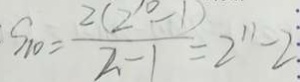
S _ { 1 0 } = \frac { 2 ( 2 ^ { 1 0 } - 1 ) } { 2 - 1 } = 2 ^ { 1 1 } - 2